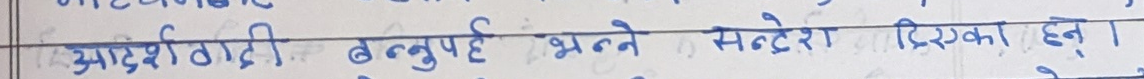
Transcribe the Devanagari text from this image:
आदर्श ठाँटी बन्दुपे भन्ने सन्देश दिएका हुन् ।